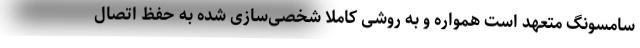
سامسونگ متعهد است همواره و به روشی کاملا شخصی‌سازی شده به حفظ اتصال